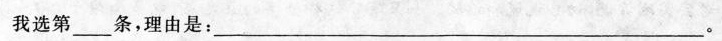
我选第____条，理由是：________________